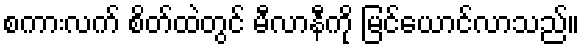
စကားလက် စိတ်ထဲတွင် မီလာနီကို မြင်ယောင်လာသည်။